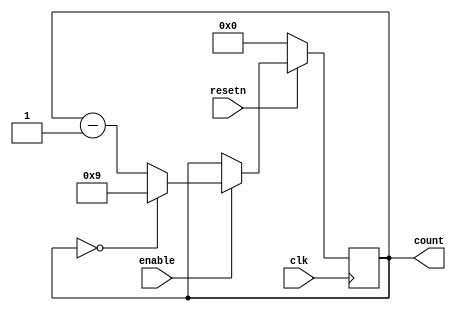
module BCD_Down_Counter_with_Enable
(
  input wire clk,
  input wire resetn,
  input wire enable,
  output reg [3:0] count
);

always @(posedge clk)
begin
  if(!resetn)
    count <= 4'b0000;
  else if(enable)
  begin
    if(count == 4'b0000)
      count <= 4'b1001;
    else
      count <= count - 1;
  end
end

endmodule